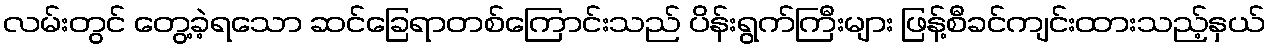
လမ်းတွင် တွေ့ခဲ့ရသော ဆင်ခြေရာတစ်ကြောင်းသည် ပိန်းရွက်ကြီးများ ဖြန့်စီခင်ကျင်းထားသည့်နှယ်